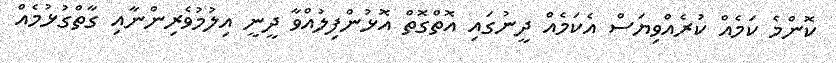
ކޮންމެ ކަމެއް ކުރެއްވިޔަސް އެކަމެއް ދީނުގައި އޮތްގޮތް އޮޅުންފިލުއްވާ ދީނީ އިލުމުވެރިންނާއި ގާތްގުޅުމެއް